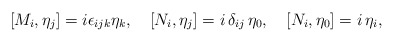
\begin{align*} [M_i, \eta_j] = i\epsilon_{ijk}\eta_k, \quad [N_i, \eta_j] = i\, \delta_{ij}\, \eta_0, \quad [N_i, \eta_0] = i\, \eta_i,\end{align*}